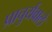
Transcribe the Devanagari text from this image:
प्राचुर्यवाले